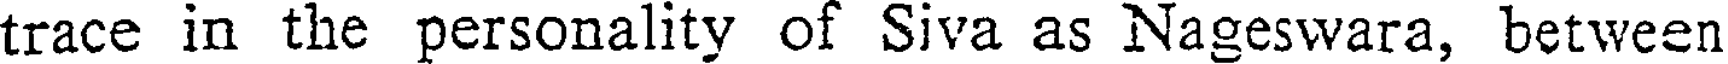
trace in the personality of Siva as Nageswara, between